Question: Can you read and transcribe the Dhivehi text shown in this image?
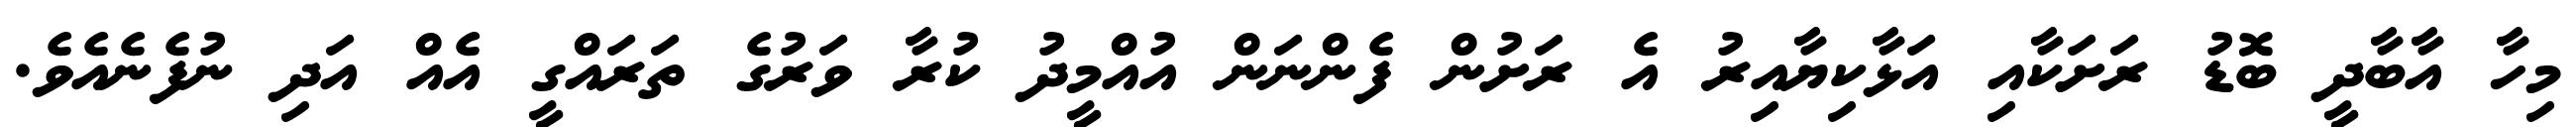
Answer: މިހާ އާބާދީ ބޮޑު ރަށަކާއި އަޅާކިޔާއިރު އެ ރަށުން ފެންނަން އުއްމީދު ކުރާ ވަރުގެ ތަރައްގީ އެއް އަދި ނުފެނެއެވެ.